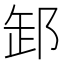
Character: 䣃